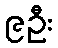
၉ဦး